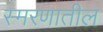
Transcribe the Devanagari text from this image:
स्मरणातील